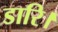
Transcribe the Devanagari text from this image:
डारि।